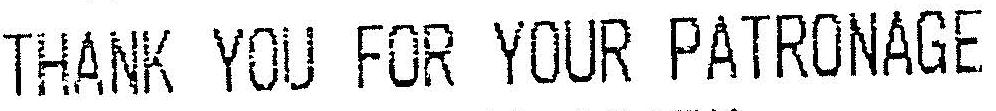
THANK YOU FOR YOUR PATRONAGE